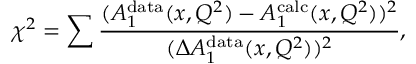
\chi ^ { 2 } = \sum \frac { ( A _ { 1 } ^ { \mathrm { d a t a } } ( x , Q ^ { 2 } ) - A _ { 1 } ^ { \mathrm { c a l c } } ( x , Q ^ { 2 } ) ) ^ { 2 } } { ( \Delta A _ { 1 } ^ { \mathrm { d a t a } } ( x , Q ^ { 2 } ) ) ^ { 2 } } ,